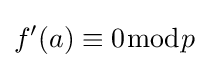
f'(a)\equiv 0{\bmod {p}}